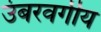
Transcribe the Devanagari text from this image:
उंबरवर्गीय